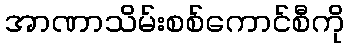
အာဏာသိမ်းစစ်ကောင်စီကို